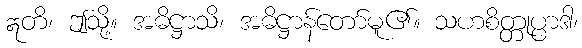
ဣတိ၊ ဤသို့။ အဓိဋ္ဌာသိ၊ အဓိဋ္ဌာန်တော်မူ၏။ သဟစိတ္တုပ္ပာဒါ၊